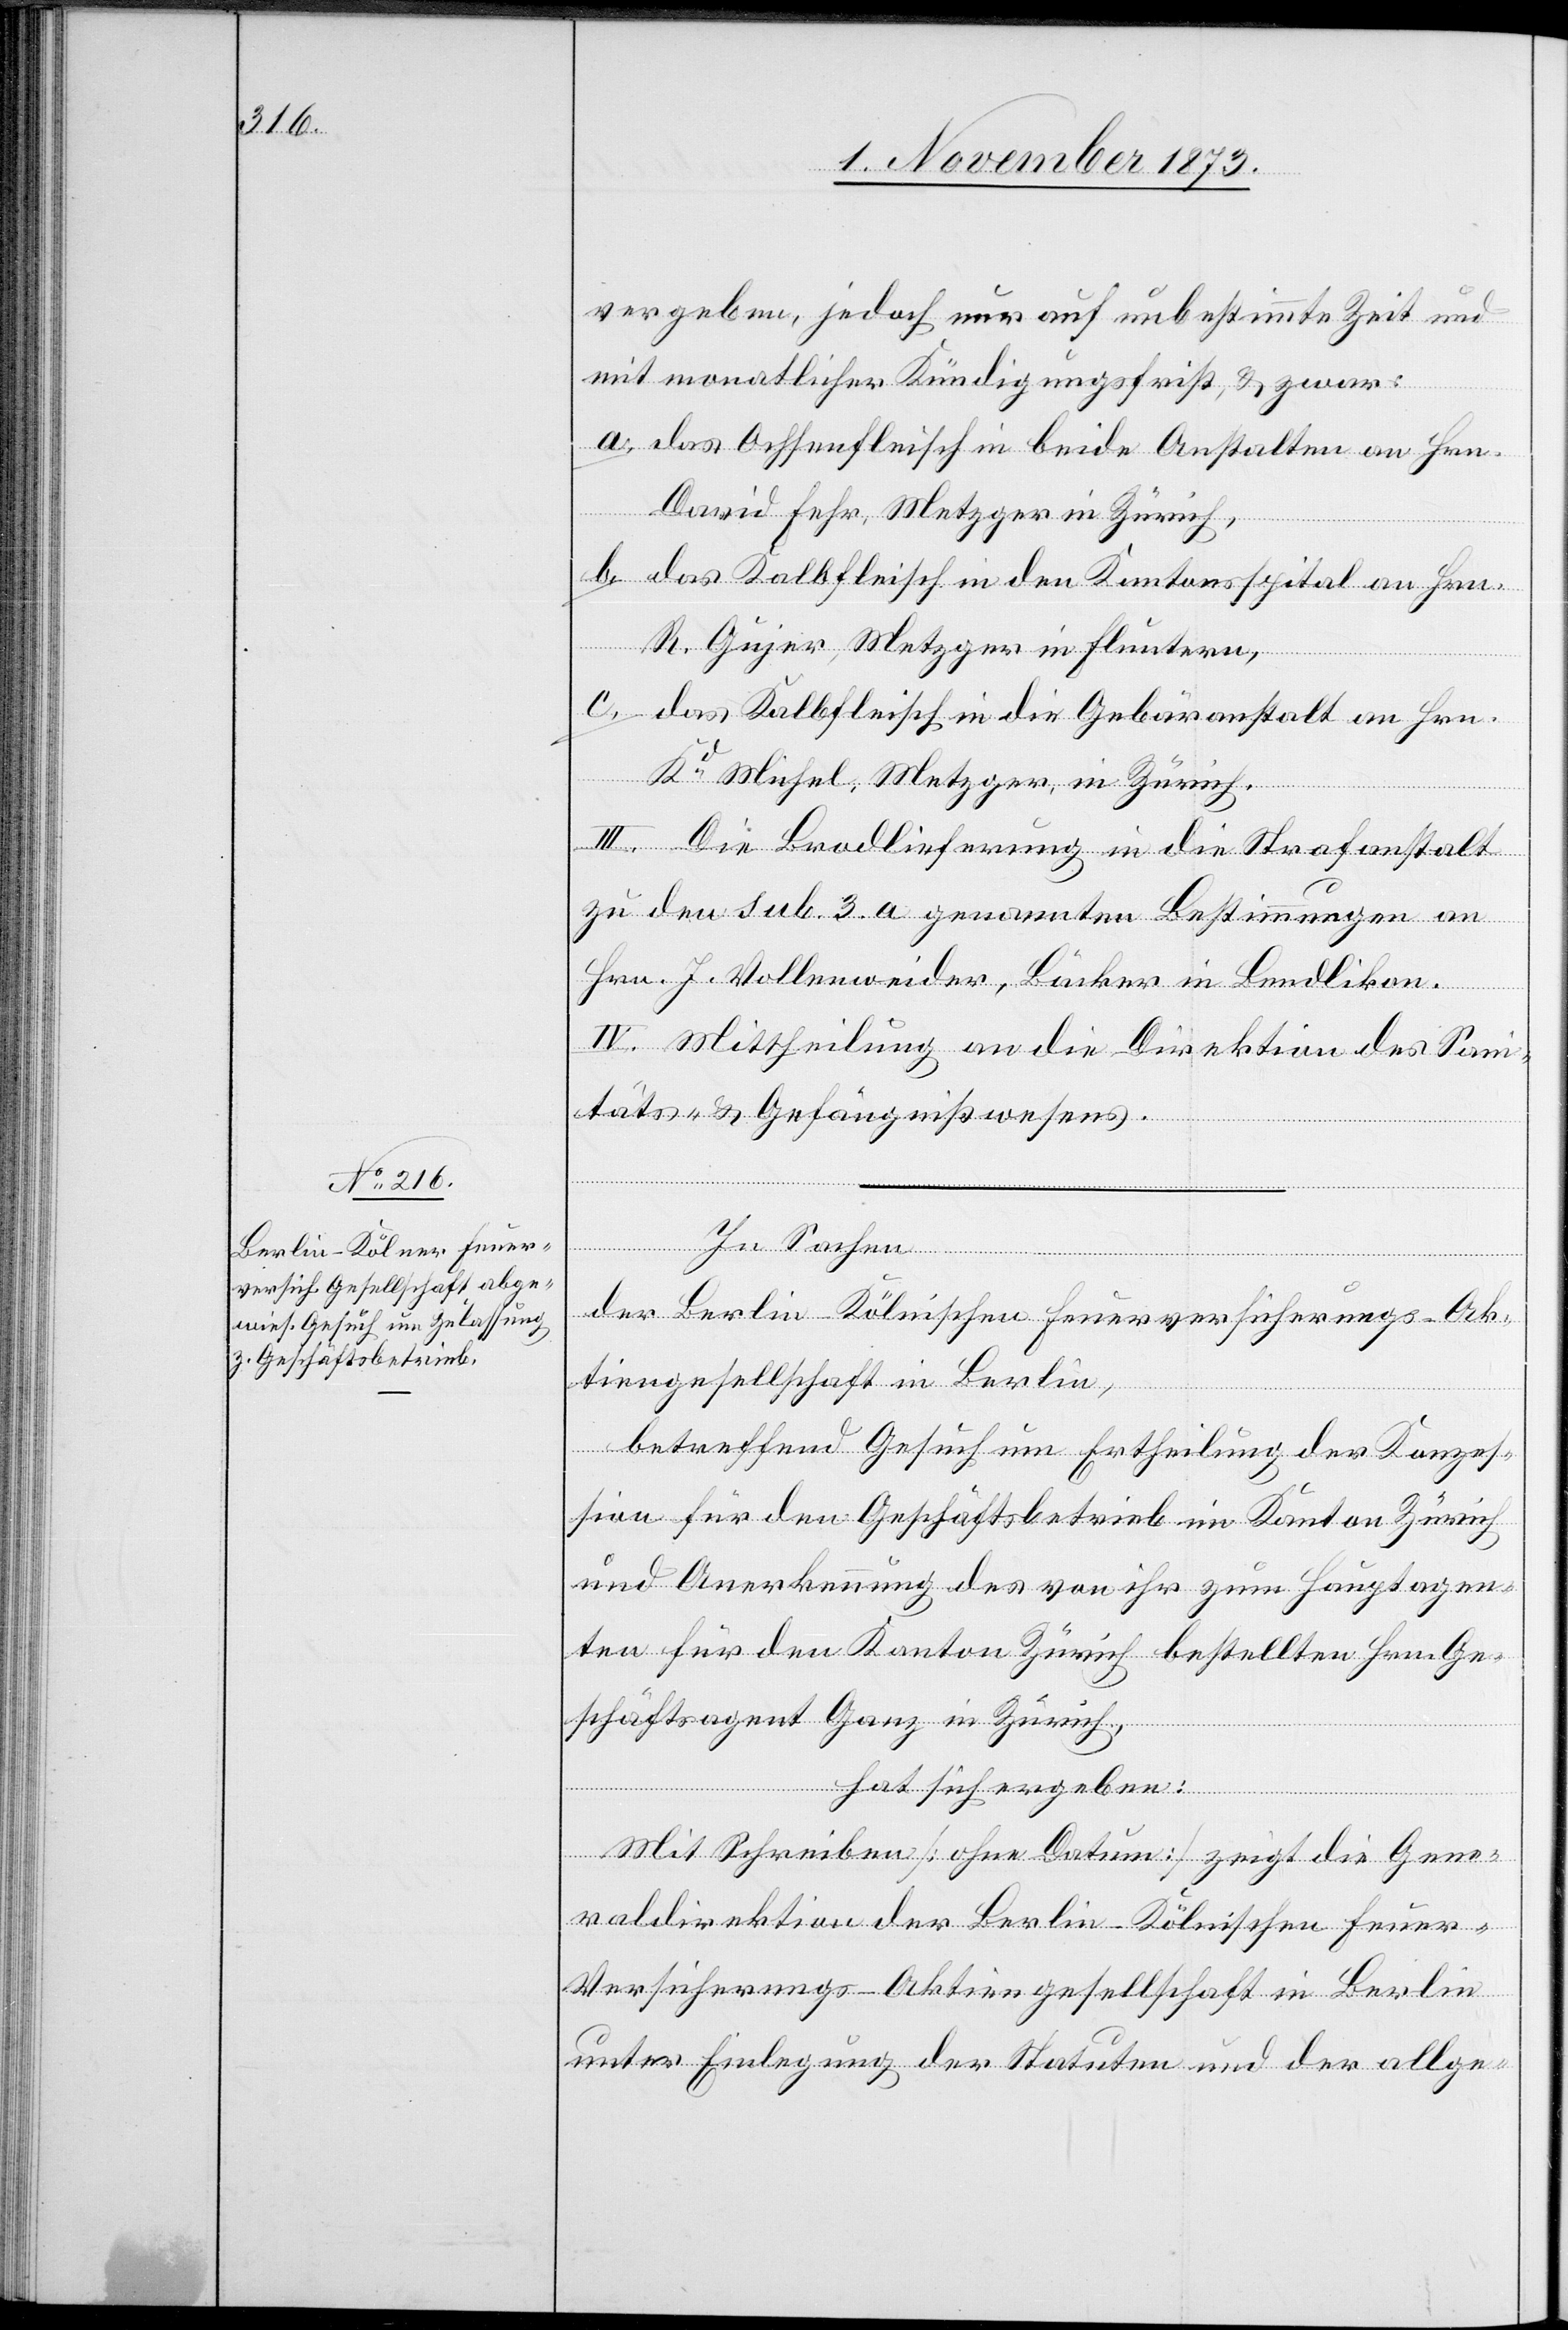
vergeben, jedoch nur auf unbestimmte Zeit und
mit monatlicher Kündigungsfrist, & zwar:
a. das Ochsenfleisch in beide Anstalten an Hrn.
David Fehr, Metzger in Zürich,
b. das Kalbfleisch in den Kantonsspital an Hrn.
R. Gujer, Metzger in Fluntern,
c. das Kalbfleisch in die Gebäranstalt an Hrn.
Kd Michel, Metzger in Zürich.
III. Die Brodlieferung in die Strafanstalt
zu den sub. 3. a genannten Bestimmungen an
Hrn. J. Vollenweider, Bäcker in Bendlikon.
IV. Mittheilung an die Direktion des Sani¬
täts- & Gefängnißwesens.
der Berlin-Kölnischen Feuerversicherungs-Ak¬
tiengesellschaft in Berlin,
In
betreffend Gesuch um Ertheilung der Konzes¬
sion für den Geschäftsbetrieb im Kanton Zürich
und Anerkennung des von ihr zum Hauptagen¬
ten für den Kanton Zürich bestellten Hrn. Ge¬
schäftsagent Ganz in Zürich,
hat sich ergeben:
Sachen
Mit Schreiben [ohne Datum] zeigt die Gene¬
raldirektion der Berlin-Kölnischen Feuer-V¬
ersicherungs-Aktiengesellschaft in Berlin
unter Einlegung der Statuten und der allge-